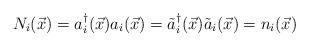
\begin{align*}N_i({\vec x})=a_i^\dagger({\vec x})a_{i}({\vec x})={\tilde a}_i^\dagger({\vec x}){\tilde a}_{i}({\vec x})=n_i({\vec x})\end{align*}